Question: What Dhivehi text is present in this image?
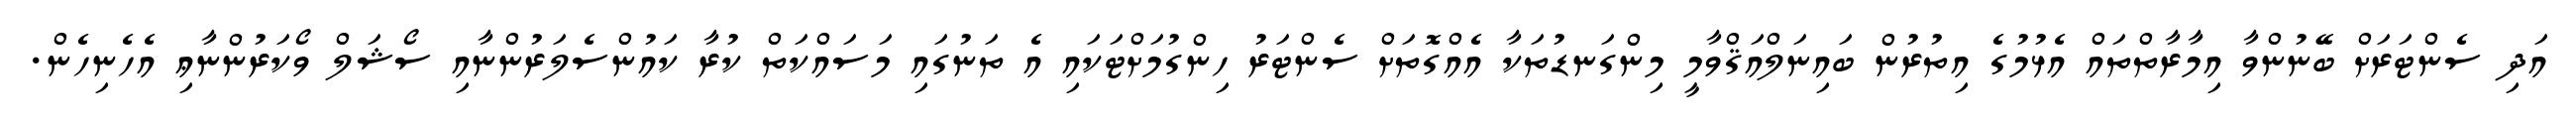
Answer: އަދި ސެންޓަރަށް ބޭނުންވާ އިމާރާތްތައް އެޅުމުގެ އިތުރުން ބައިނަލްއަޤްވާމީ މިންގަނޑުތަކާ އެއްގޮތަށް ސެންޓަރު ހިންގުމަށްޓަކައި އެ ތަނުގައި މަސައްކަތް ކުރާ ކައުންސެލަރުންނާއި ސޯޝަލް ވޯކަރުންނާޢި އެހެނިހެން.